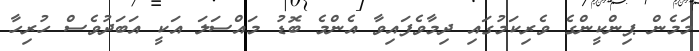
މަމެން ޕިންކީންގެ ވެރިކަމުގައި ދިމާވެފައިވާ އެންމެ ބޮޑު މައްސަލަ އަކީ އަބަދުވެސް ހުރިހާ